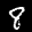
Label: 8